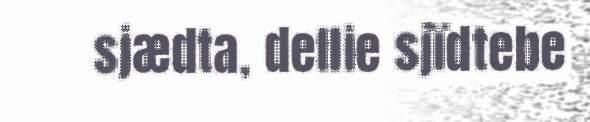
sjædta, dellie sjïdtebe